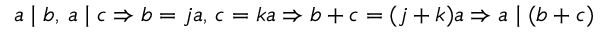
a \mid b , \, a \mid c \Rightarrow b = j a , \, c = k a \Rightarrow b + c = ( j + k ) a \Rightarrow a \mid ( b + c )